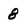
Character: 8